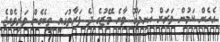
އެހެން ކަމުން ވަރަށް އުނދަގޫ ވާނެ މޭޒުގެ ދެ ފަރާތުގައި ތިބެގެން ވަރިވެއްޖެ